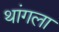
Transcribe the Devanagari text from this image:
थांगला